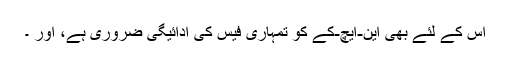
اس کے لئے بھی این-ایچ-کے کو تمہاری فیس کی ادائیگی ضروری ہے، اور ۔